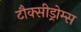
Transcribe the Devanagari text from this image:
टौक्सीड्रोम्स